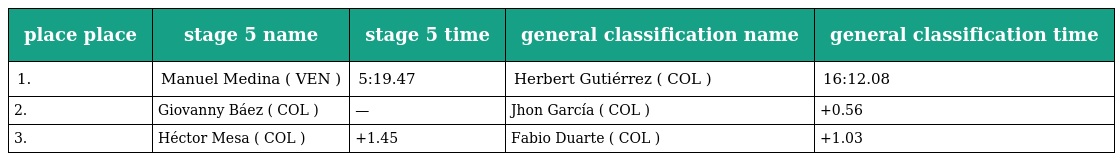
| place place | stage 5 name | stage 5 time | general classification name | general classification time |
 | --- | --- | --- | --- | --- |
 | 1. | Manuel Medina ( VEN ) | 5:19.47 | Herbert Gutiérrez ( COL ) | 16:12.08 |
 | 2. | Giovanny Báez ( COL ) | — | Jhon García ( COL ) | +0.56 |
 | 3. | Héctor Mesa ( COL ) | +1.45 | Fabio Duarte ( COL ) | +1.03 |